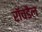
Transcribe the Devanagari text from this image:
रॉचडैल